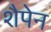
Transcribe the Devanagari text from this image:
शैपेन